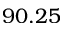
9 0 . 2 5